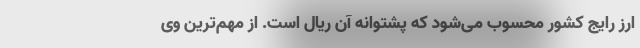
ارز رایج کشور محسوب می‌شود که پشتوانه آن ریال است. از مهم‌ترین وی